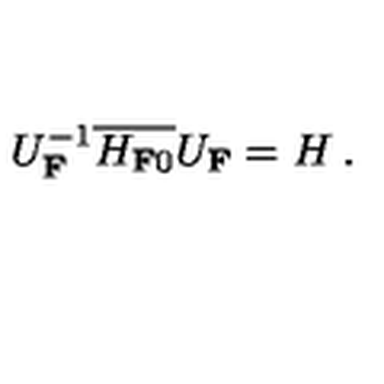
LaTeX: U _ { \bf F } ^ { { - 1 } } \overline { { H _ { { \bf F } 0 } } } { U } _ { \bf F } = H \: .